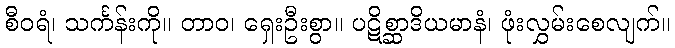
စီဝရံ၊ သင်္ကန်းကို။ တာဝ၊ ရှေးဦးစွာ။ ပဋိစ္ဆာဒိယမာနံ၊ ဖုံးလွှမ်းစေလျက်။